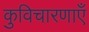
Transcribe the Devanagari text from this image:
कुविचारणाएँ